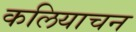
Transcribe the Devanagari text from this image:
कलियाचन